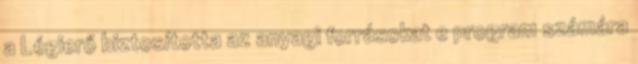
a Légierő biztosította az anyagi forrásokat e program számára